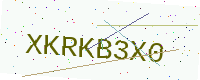
Text: XKRKB3X0